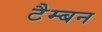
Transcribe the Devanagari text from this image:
टैम्बन